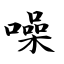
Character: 噪